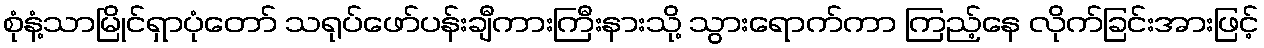
စုံနံ့သာမြိုင်ရှာပုံတော် သရုပ်ဖော်ပန်းချီကားကြီးနားသို့ သွားရောက်ကာ ကြည့်နေ လိုက်ခြင်းအားဖြင့်